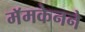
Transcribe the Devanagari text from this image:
मॅमकेनने